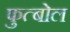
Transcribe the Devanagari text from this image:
फुत्बोल